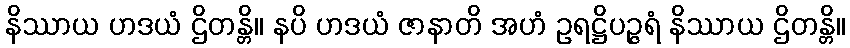
နိဿာယ ဟဒယံ ဌိတန္တိ။ နပိ ဟဒယံ ဇာနာတိ အဟံ ဥရဋ္ဌိပဉ္ဇရံ နိဿာယ ဌိတန္တိ။